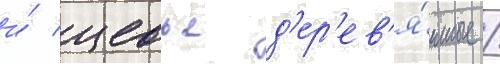
и́ цевье д'ер'ев'я́нные /